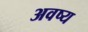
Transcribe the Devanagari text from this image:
अवष्य